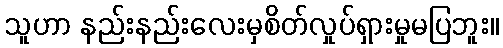
သူဟာ နည်းနည်းလေးမှစိတ်လှုပ်ရှားမှုမပြဘူး။